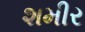
શમીર